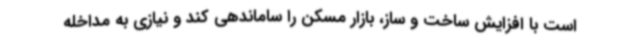
است با افزایش ساخت و ساز، بازار مسکن را ساماندهی کند و نیازی به مداخله